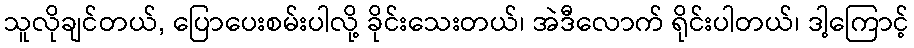
သူလိုချင်တယ်, ပြောပေးစမ်းပါလို့ ခိုင်းသေးတယ်၊ အဲဒီလောက် ရိုင်းပါတယ်၊ ဒါ့ကြောင့်